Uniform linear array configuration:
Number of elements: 32
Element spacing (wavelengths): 0.75
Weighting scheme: cosine
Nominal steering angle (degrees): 30
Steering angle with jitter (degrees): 30.335
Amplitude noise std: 0.05
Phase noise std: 0.05

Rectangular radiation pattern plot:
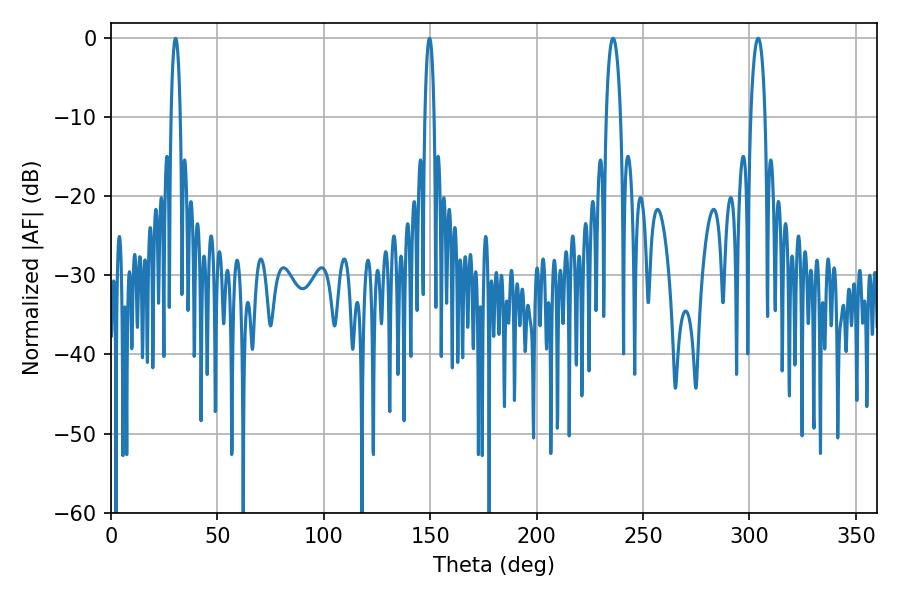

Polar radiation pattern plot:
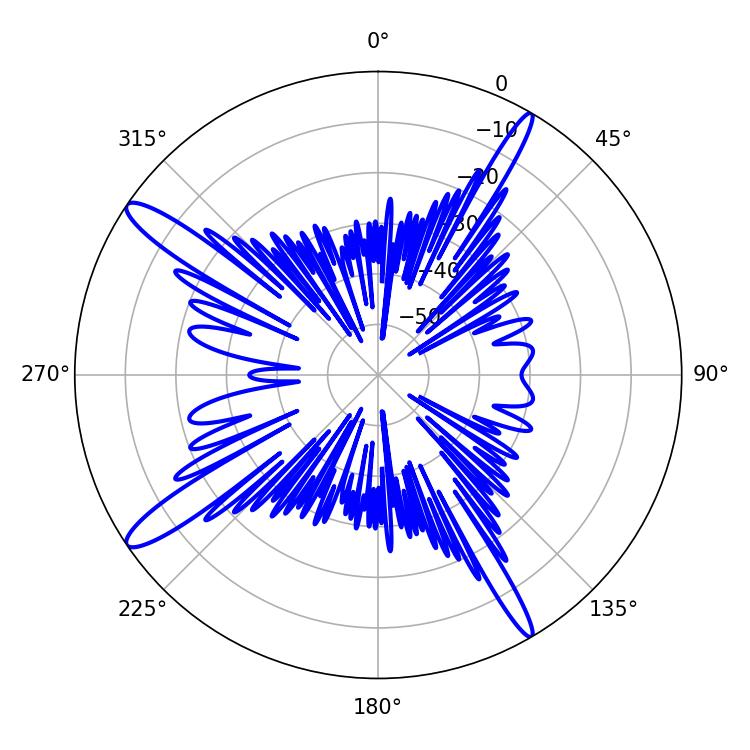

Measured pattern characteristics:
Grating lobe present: TRUE
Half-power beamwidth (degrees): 3.78
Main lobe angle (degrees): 304.02